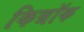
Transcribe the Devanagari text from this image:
किन्नॉक